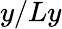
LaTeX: y/Ly